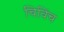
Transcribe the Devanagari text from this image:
चिविंच